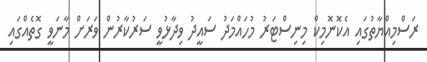
ރަސްމިއްޔާތުގައި އެކޮނޮމިކް މިނިސްޓަރު މުހައްމަދު ސައީދު ވިދާޅުވީ ސަރުކާރުން ވަރަށް މާނަވީ ގޮތެއްގައި